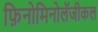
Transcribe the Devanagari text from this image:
फ़िनोमिनोलॅजीकल